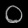
Digit: ၀